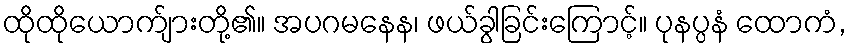
ထိုထိုယောက်ျားတို့၏။ အပဂမနေန၊ ဖယ်ခွါခြင်းကြောင့်။ ပုနပ္ပနံ ထောကံ,